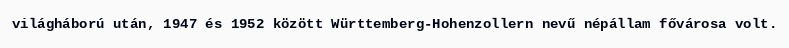
világháború után, 1947 és 1952 között Württemberg-Hohenzollern nevű népállam fővárosa volt.